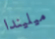
ميليندا